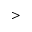
>